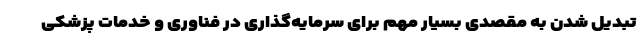
تبدیل شدن به مقصدی بسیار مهم برای سرمایه‌گذاری در فناوری و خدمات پزشکی